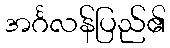
အင်္ဂလန်ပြည်၏